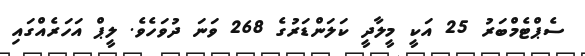
ސެޕްޓެމްބަރު 25 އަކީ މީލާދީ ކަލަންޑަރުގެ 268 ވަނަ ދުވަހެވެ. ލީޕް އަހަރެއްގައި